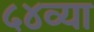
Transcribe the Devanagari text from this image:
५४व्या